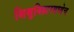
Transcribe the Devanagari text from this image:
शिशुविहारमध्येच